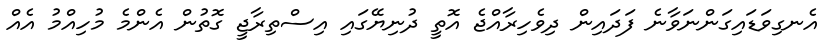
އެނގިވަޑައިގަންނަވާނެ ފަދައިން ދިވެހިރާއްޖެ އޮތީ ދުނިޔޭގައި އިސްތިރާޖީ ގޮތުން އެންމެ މުހިއްމު އެއް